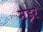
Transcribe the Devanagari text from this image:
मेइर